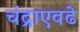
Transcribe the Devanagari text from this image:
चंद्राएवढे